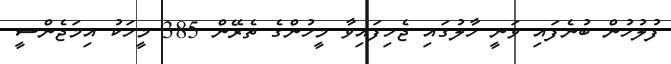
ފުލުހުން ބުނެފައި ވަނީ ހާލުގައި ޖެހިފައިވާ މީހުންގެ ތެރޭން 385 މީހަކު އިމަޖެންސީ